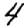
Digit: 4